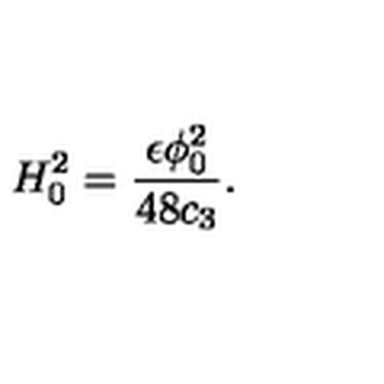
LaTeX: H _ { 0 } ^ { 2 } = { \frac { \epsilon \phi _ { 0 } ^ { 2 } } { 4 8 c _ { 3 } } } .